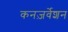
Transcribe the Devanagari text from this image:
कनज़र्वेशन